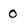
Character: 0